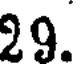
29.